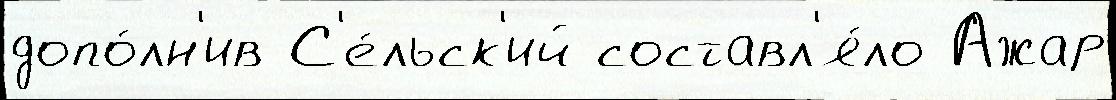
допо́лн'ив С'е́льск'ий составл'я́ло Ажар